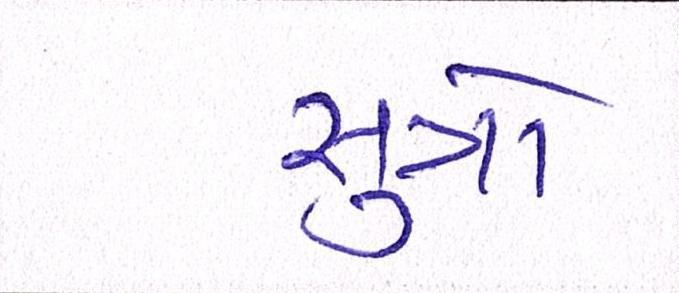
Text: સુત્રો